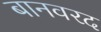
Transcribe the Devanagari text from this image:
बानवरद